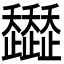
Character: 𧾭